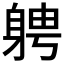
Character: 𮜷